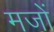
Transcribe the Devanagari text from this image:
मजों